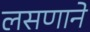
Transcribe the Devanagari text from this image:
लसणाने